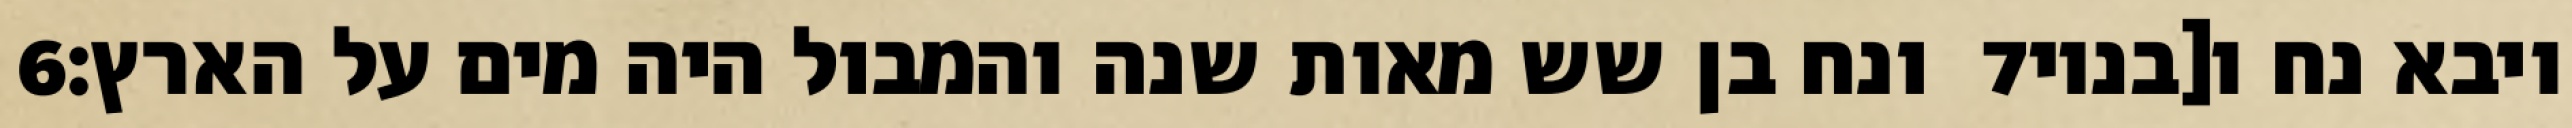
‎6‏ ונח בן שש מאות שנה והמבול היה מים על הארץ׃ ‎7‏ ויבא נח ו[בניו